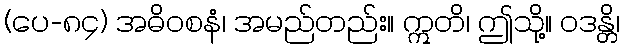
(ပေ-၈၄) အဓိဝစနံ၊ အမည်တည်း။ ဣတိ၊ ဤသို့။ ဝဒန္တိ၊